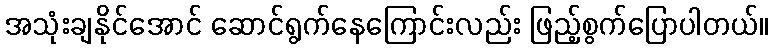
အသုံးချနိုင်အောင် ဆောင်ရွက်နေကြောင်းလည်း ဖြည့်စွက်ပြောပါတယ်။